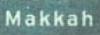
makkah